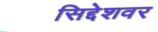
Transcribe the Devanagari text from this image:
सिद्देशवर